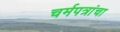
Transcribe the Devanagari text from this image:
चर्मपत्रांचा